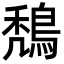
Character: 鵚